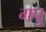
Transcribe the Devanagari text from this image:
गपु